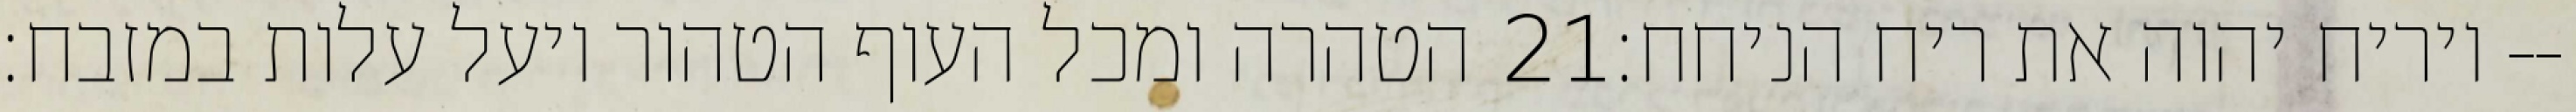
הטהרה ומכל העוף הטהור ויעל עלות במזבח׃ ‎21‏ ויריח יהוה את ריח הניחח׃--